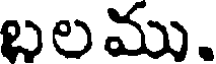
బల ము.